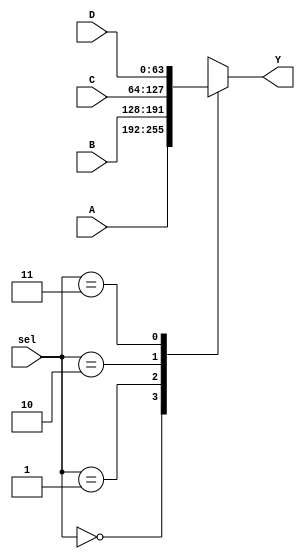
module mux_4_to_1 
(
  output  wire	[63:0]  Y,
  input   wire 	[63:0]  A, B, C, D,
  input   wire  [1:0]	sel
);

reg [63:0] _Y;
assign Y = _Y;

always @(*) begin
	case (sel)
		2'b00:   _Y = A;
		2'b01:   _Y = B;
		2'b10:   _Y = C;
		2'b11:   _Y = D;
	endcase
end

endmodule